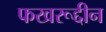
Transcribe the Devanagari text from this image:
फखरूद्दीन